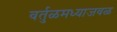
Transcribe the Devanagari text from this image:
वर्तुळमध्याजवळ